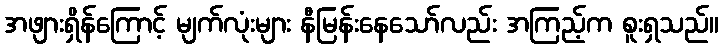
အဖျားရှိန်ကြောင့် မျက်လုံးများ နီမြန်းနေသော်လည်း အကြည့်က စူးရှသည်။